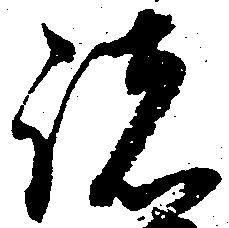
諸